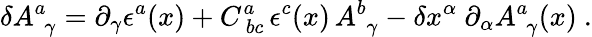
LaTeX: \delta A_{\, \ \gamma}^{a}=\partial_{\gamma}\epsilon^{a}(x)+C_{\ bc}^{a}\, \epsilon^{c}(x)\, A_{\, \ \gamma}^{b}-\delta x^{\alpha}\ \partial_{\alpha}A_{\, \ \gamma}^{a}(x)\ .